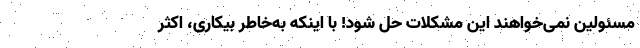
مسئولین نمی‌خواهند این مشکلات حل شود! با اینکه به‌خاطر بیکاری، اکثر